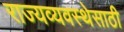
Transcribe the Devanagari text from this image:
राज्यव्यवस्थेसाठी